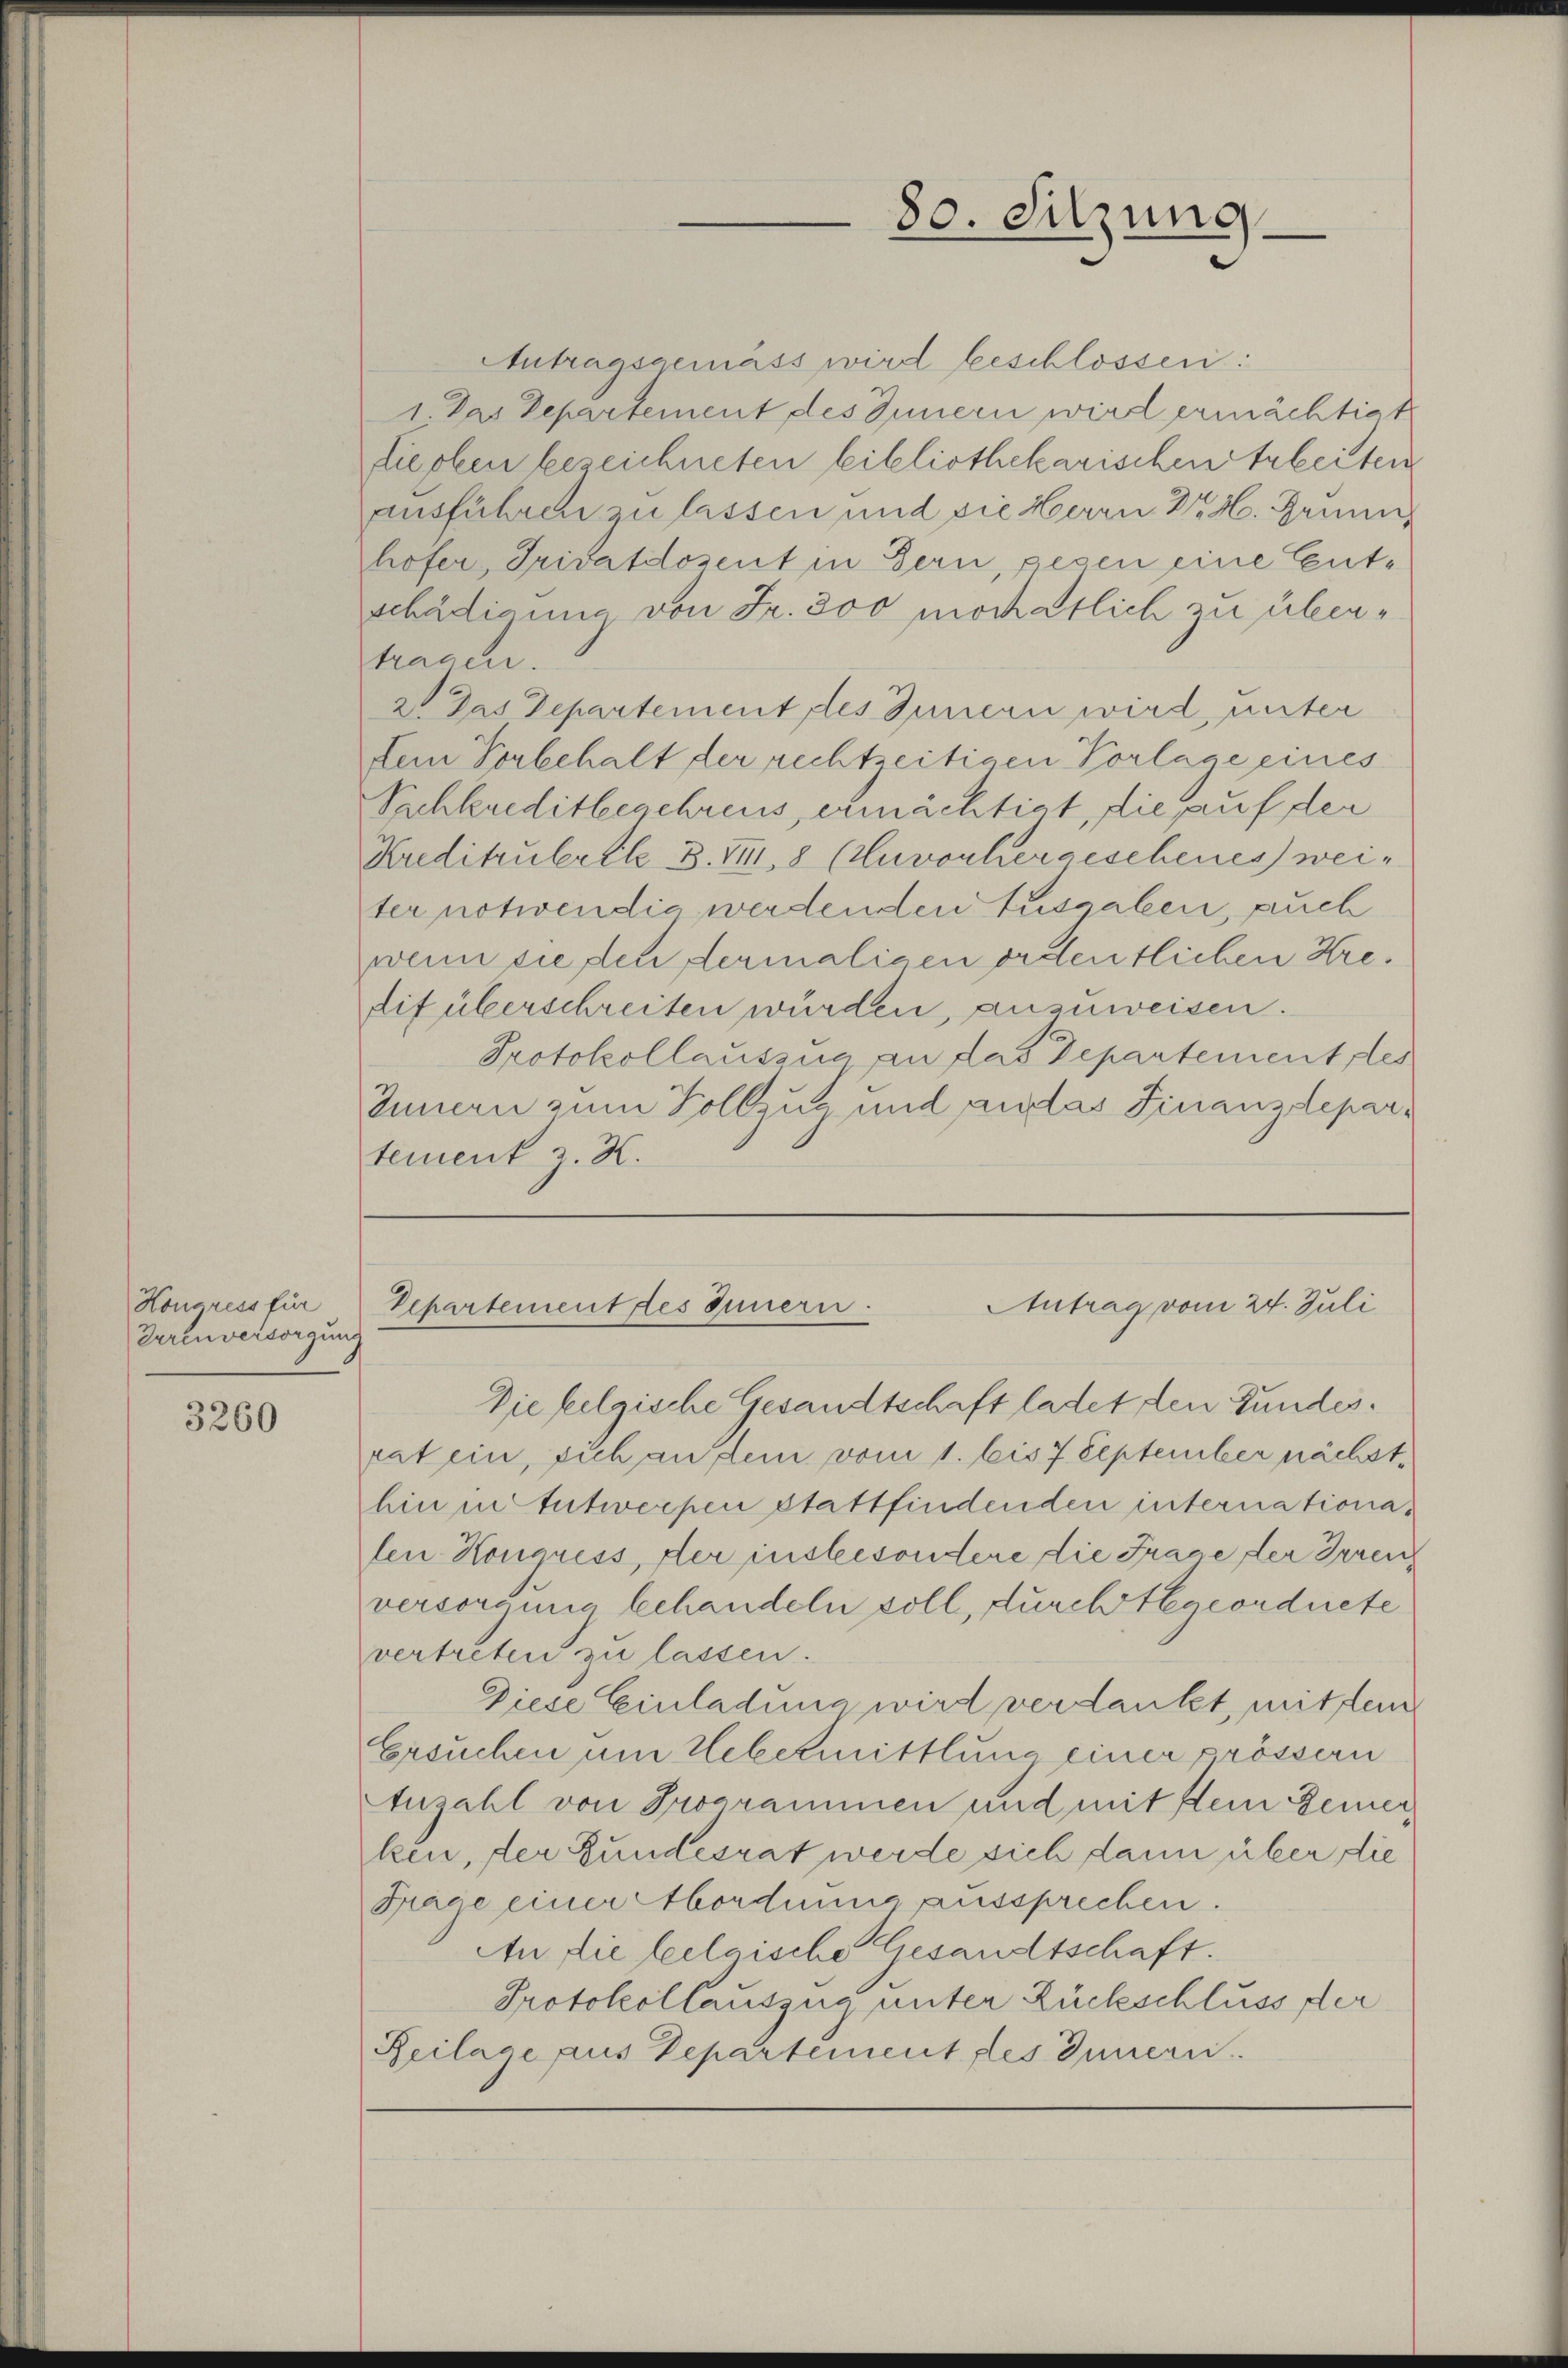
Kongress für
Eurenversorgung

3260

Antragsgemäss wird beschlossen:
1. Das Departement des Innern wird ermächtigt
Liechen bezeichneten bibliothekarischen Arbeiten
ausführen zu lassen und die Herrn Dr H. Grunn,
hofer, Privatdozent in Bern, pecen eine Gutschädigung von Fr. 300 möchtlich zu übertragen.
2 das Departement des Innern wird, unter
dein Vorbehalt der rechtzeitigen Vorlage eines
Schkreditbegehrens, ermächtigt, die auf der
Kreditzuberthe B. VII, 8 (Unvorhergeschenes weiter notwendig werdenden Ausgaben, auch
wenn sie den dermaligen ordentlichen Kredif überschreiten würden, anzuweisen.
Protokollauszug an das Departement des
Innern zum Vollzug und andas Finanzdepartement z. K.

Die felgische Gesandtschaft ladet den Gundes.
rat ein, sich an dem vom 1. bis 7 September nächst
hin in Entwerpen stattfindenden internationalen Kongress, der insbesondere die Frage der Irren
versorgung behandeln soll, durch tegeordnete
vertreten zu lassen.
Diese Einladung wird verdankt, mittei
Ersuchen um Uebermittlung einer prössern
Anzahl von Programmen und mit sein Bemerken, der Bundesrat werde sich dann über die
Frage einer Mordnung aussprechen.
AAn die feelaische Gesandtschaft.
Protokollauszug unter Rückschluss der
Beilage aus Departement des Innern.

80. Sitzung

Antrag vom 24. Juli
Departement des Innern.